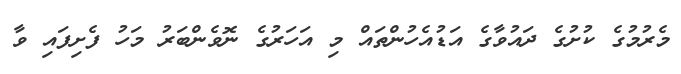
މެރުމުގެ ކުށުގެ ދައުވާގެ އަޑުއެހުންތައް މި އަހަރުގެ ނޮވެންބަރު މަހު ފެށިފައި ވާ